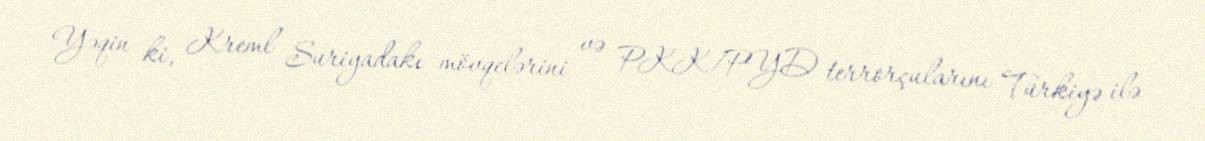
Yəqin ki, Kreml Suriyadakı mövqelərini və PKK/PYD terrorçularını Türkiyə ilə